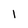
Character: l